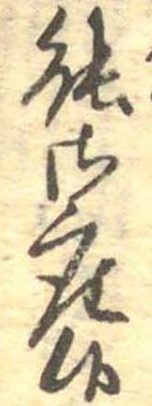
能御座候